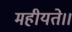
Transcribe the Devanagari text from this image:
महीयते।।